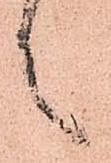
言